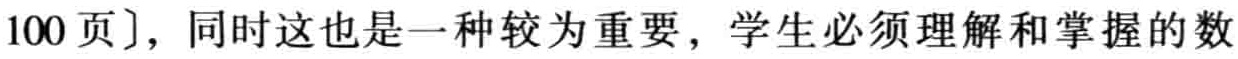
100页]，同时这也是一种较为重要，学生必须理解和掌握的数